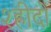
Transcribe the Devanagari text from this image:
श्हीदों